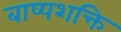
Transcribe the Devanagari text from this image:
बाष्पशक्ति